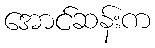
အောင်ဆန်းက